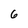
Character: 6